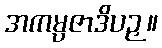
အကမ္ပဇာဒိပဉှ။